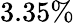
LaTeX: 3.35\%